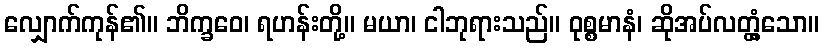
လျှောက်ကုန်၏။ ဘိက္ခဝေ၊ ရဟန်းတို့။ မယာ၊ ငါဘုရားသည်။ ဝုစ္စမာနံ၊ ဆိုအပ်လတ္တံ့သော။